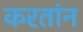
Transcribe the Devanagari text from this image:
करतांन